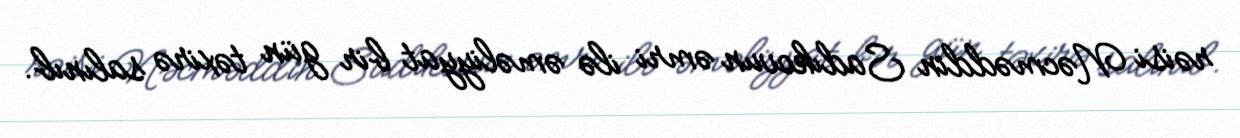
rəisi Nəcməddin Sadıkovun əmri ilə əməliyyat bir gün təxirə salınıb.